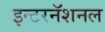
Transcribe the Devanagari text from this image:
इन्टरनॅशनल